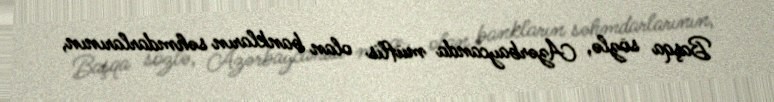
Başqa sözlə, Azərbaycanda müflis olan bankların səhmdarlarının,